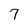
Character: 7